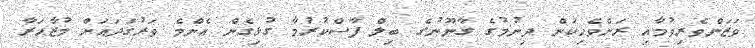
ވަޒަންވެރިވުމާއި ރަށްވެހިކަން ދިނުމުގެ ގާނޫނުގެ ބިލް ފާސްކުރުމާ ގުޅިގެން އެންމެ ވަރުގަދައަށް މުޒާހަރާ